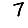
Digit: 7